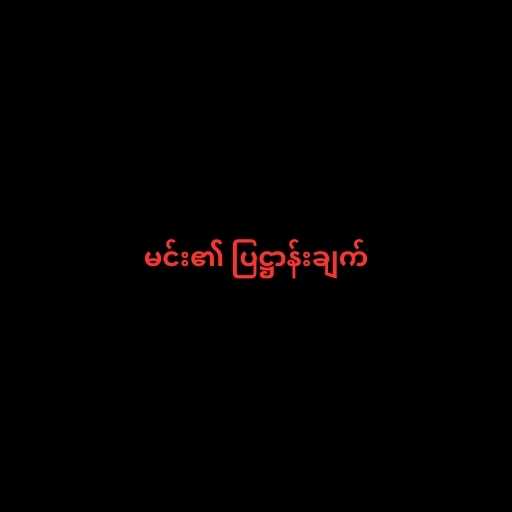
မင်း၏ ပြဋ္ဌာန်းချက်